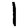
Digit: 1